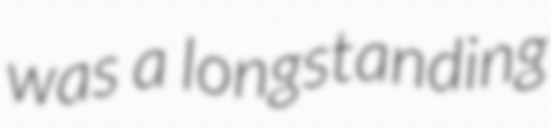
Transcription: was a longstanding